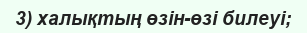
3) халықтың өзін-өзі билеуі;